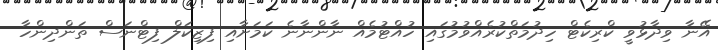
އޭނާ ވިދާޅުވީ ކްރިކެޓް ހިދުމަތްކުރެއްވުމުގައި ހުއްޓުމެއް ނާންނާނެ ކަމަށާއި ފިޒިކަލް ފިޓްނަސް ތަންދިންހާ